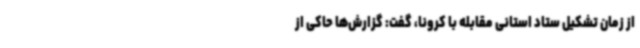
از زمان تشکیل ستاد استانی مقابله با کرونا، گفت: گزارش‌ها حاکی از